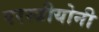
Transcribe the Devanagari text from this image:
परस्त्रीयोनी